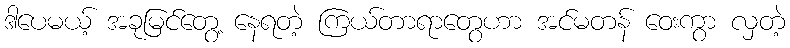
ဒါပေမယ့် အခုမြင်တွေ့ နေရတဲ့ ကြယ်တာရာတွေဟာ အင်မတန် ဝေးကွာ လှတဲ့